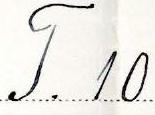
T. 10